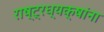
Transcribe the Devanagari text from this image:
राष्ट्रध्यक्षांना